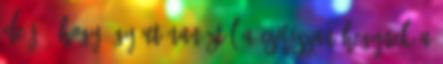
De jó, hogy így utánanéztél a Csiriszan hegynek A